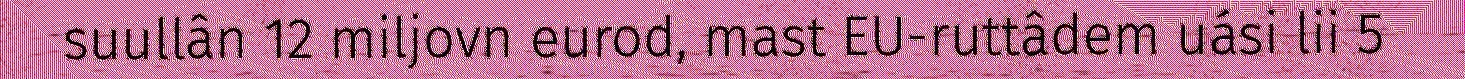
suullân 12 miljovn eurod, mast EU-ruttâdem uási lii 5